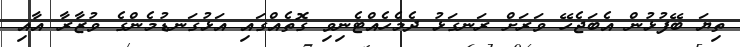
ތިޔަ ބޭފުޅުން އެބަޖެހޭ ވަރަށް ރަނގަޅު ދެމެހެއްޓެނިވި ގޮތެއްގައި އަޅުގަނޑުމެންގެ ވުޒާރާ އާއި